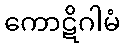
ကောဋိဂါမံ